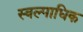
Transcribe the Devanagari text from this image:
स्वल्पाधिक